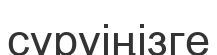
сүруіңізге